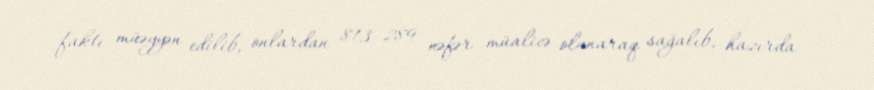
faktı müəyyən edilib, onlardan 813 289 nəfər müalicə olunaraq sağalıb, hazırda